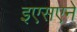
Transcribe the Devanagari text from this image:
इएसएने